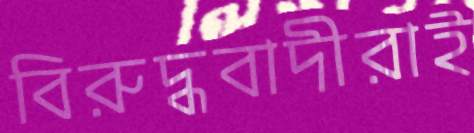
বিরুদ্ধবাদীরাই